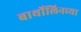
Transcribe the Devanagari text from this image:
बार्थोलिनच्या